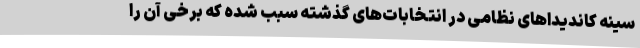
سینه کاندیداهای نظامی در انتخابات‌های گذشته سبب شده که برخی آن را